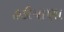
હડીયાણા